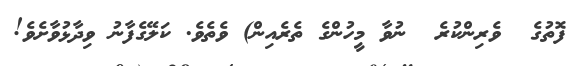
ފޮތުގެ  ވެރިންކުރެ  ނުވާ މީހުންގެ ތެރެއިން) ވެތެވެ. ކަލޭގެފާނު ވިދާޅުވާށެވެ!